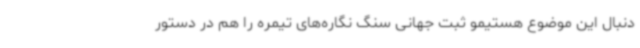
دنبال این موضوع هستیمو ثبت جهانی سنگ نگاره‌های تیمره را هم در دستور